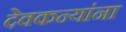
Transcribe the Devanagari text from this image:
देवकन्यांना